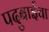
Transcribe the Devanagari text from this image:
पदुबाईचा